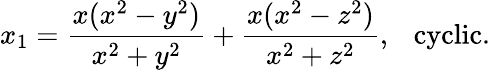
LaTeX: x_{1}=\frac{x(x^{2}-y^{2})}{x^{2}+y^{2}}+\frac{x(x^{2}-z^{2})}{x^{2}+z^{2}},\ \ \ \mathrm{cyclic}.